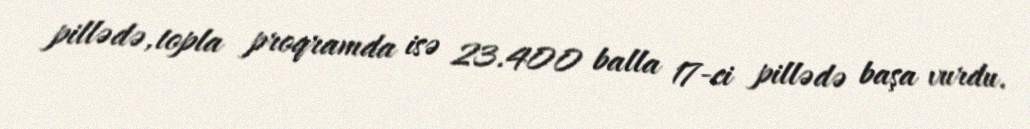
pillədə, topla proqramda isə 23.400 balla 17-ci pillədə başa vurdu.